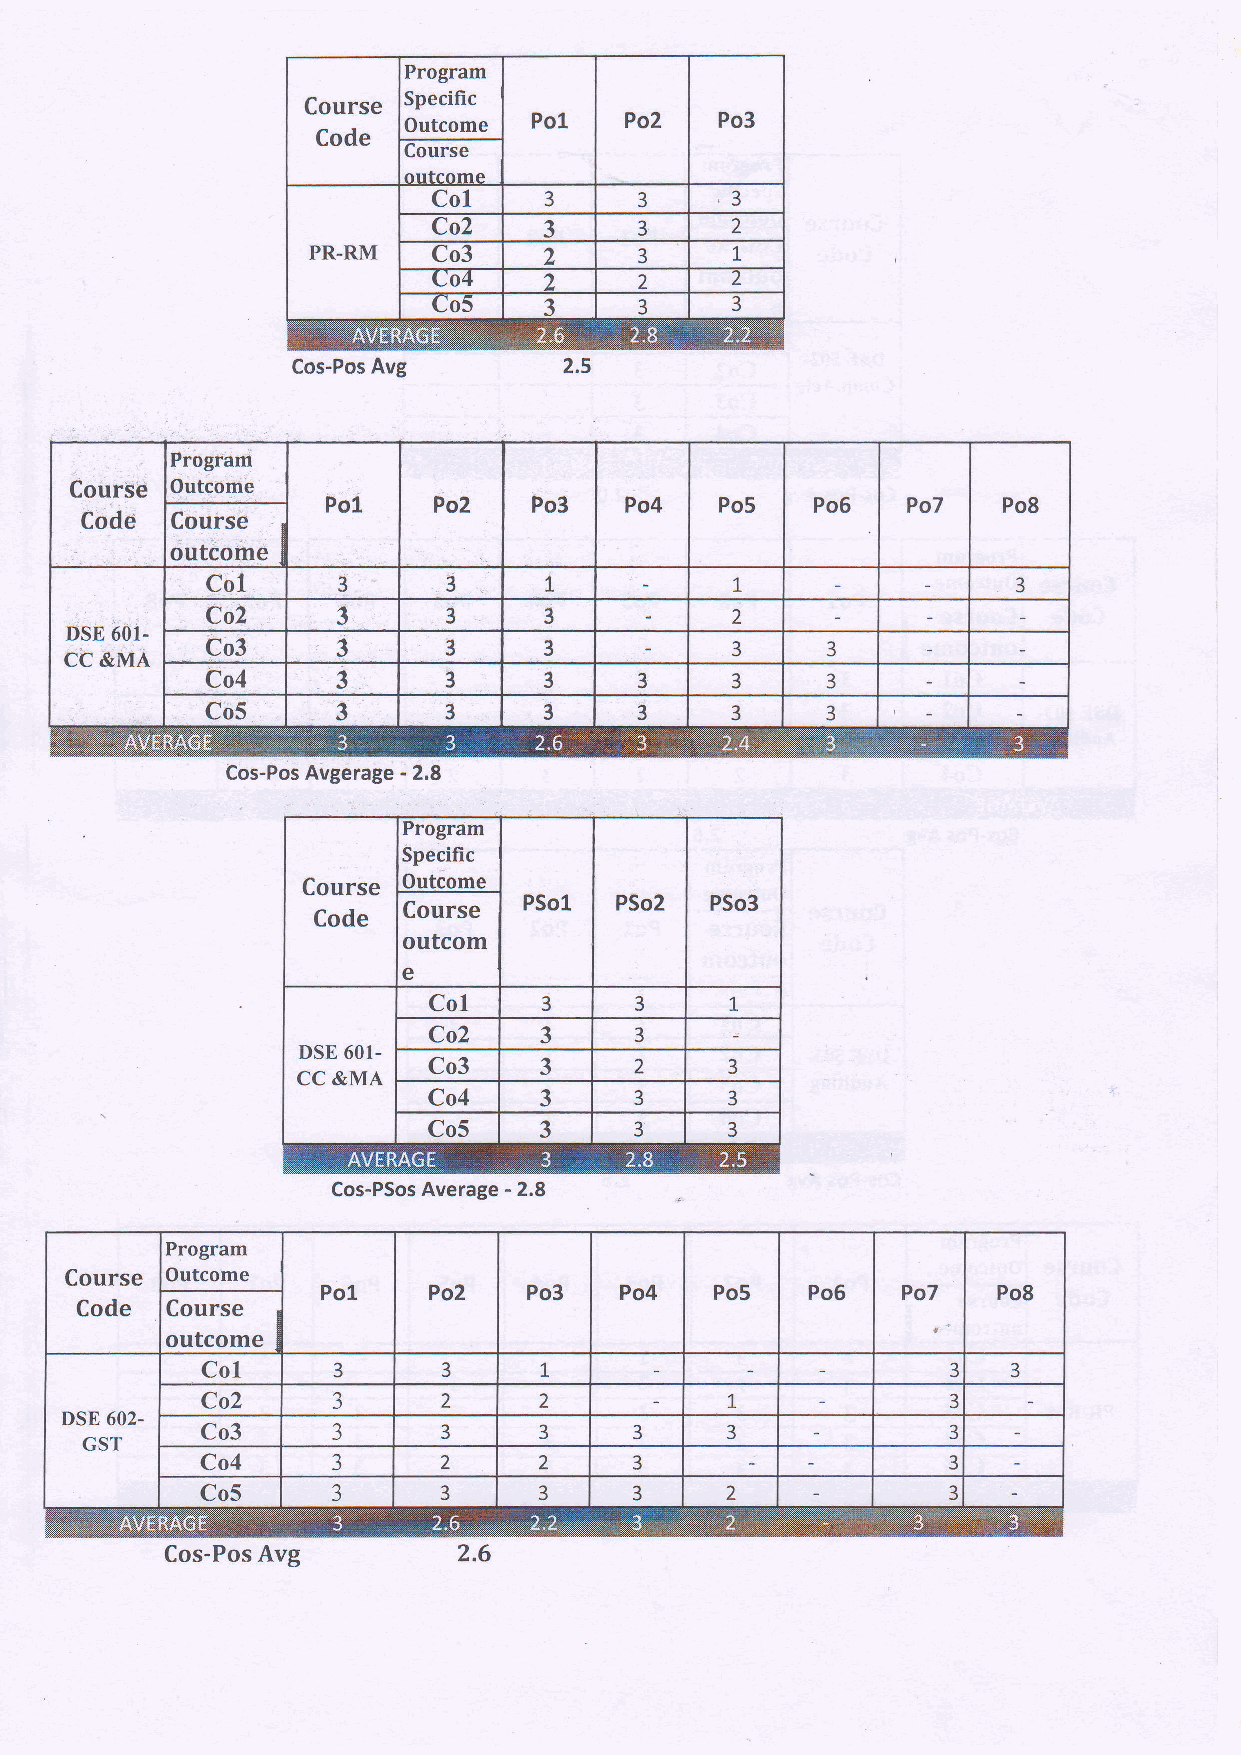
Program
 Specific
 Outcome
 Cos-Pos Avg
 Progfarn
 CourSd Outcome
 Po1    Po2   Po3   Po4    Po5   PoG   Po7   Po8
 Code  Coufse
 outcorne
 Col
 3       3     1            1.                3
 Co2     3       3     3           2
 DSE 60I.
 CC &MA    Co3     3      3      3           3      3
 Co4     3       3     3     3     3      3
 Co5     3      3      3     3     3      3
 Cos-Pos Avgerage - 2.8
 Course
 outcom
 e
 DSE 601.
 CC &MA
 Cos-PSos Average - 2.8
 Program
 Course Outcome
 Po1    Po2    Po3   Po4   Po5   Po6    Po7   Po8
 Code  Course
 outcome
 Col                    t
 3      3                                 3   3
 Co2      Ja     2      2           1              3
 DSE 602- Co3      Ja     3      3     3     3              3
 GST
 Co4      3      2      2     3                    3
 Co5      J      3      3     3     2              3
 Cos-Pos Avg        2.6